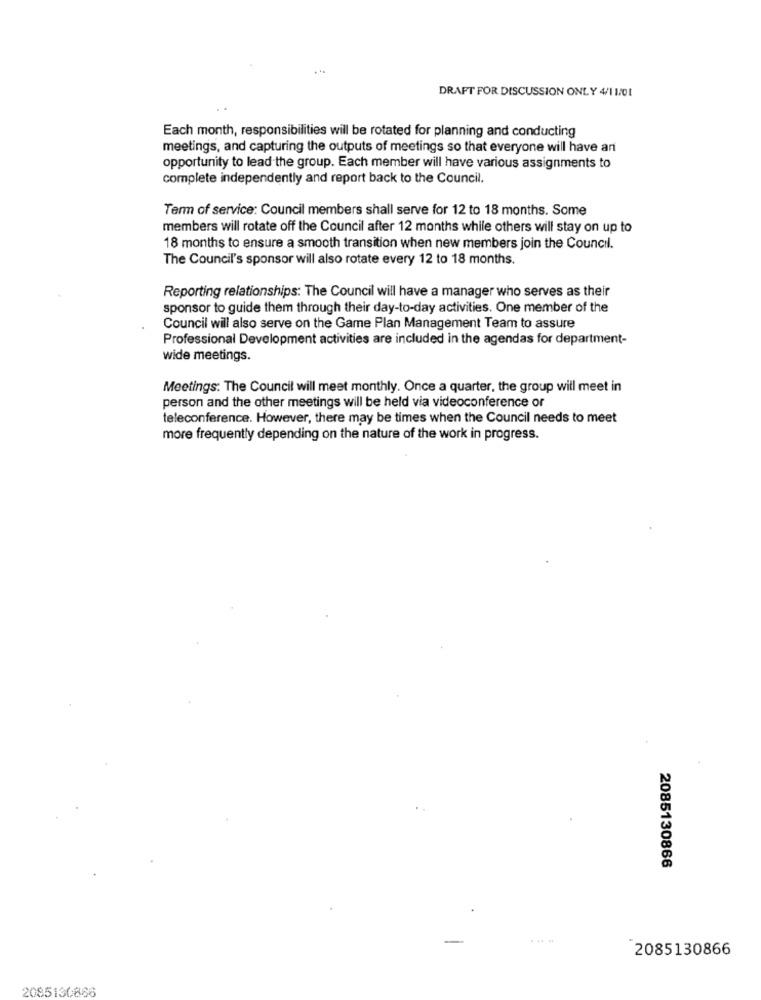
...
DRAFT FOR DISCUSSION ONLY 4/1 1/01
Each month, responsibilities will be rotated for planning and conducting
meetings, and capturing the outputs of meetings so that everyone will have an
opportunity to lead the group. Each member will have various assignments to
complete independently and report back to the Council.
Term of service: Council members shall serve for 12 to 18 months. Some
members will rotate off the Council after 12 months while others will stay on up to
18 months to ensure a smooth transition when new members join the Council.
The Council's sponsor will also rotate every 12 to 18 months.
Reporting relationships: The Council will have a manager who serves as their
sponsor to guide them through their day-to-day activities. One member of the
Council will also serve on the Game Plan Management Team to assure
Professional Development activities are included in the agendas for department-
wide meetings.
Meetings: The Council will meet monthly. Once a quarter, the group will meet in
person and the other meetings will be held via videoconference or
teleconference. However, there may be times when the Council needs to meet
more frequently depending on the nature of the work in progress.
2085130866
2085130866
2085130866